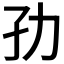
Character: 𭒹